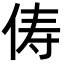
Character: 俦